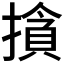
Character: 𰔣